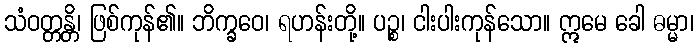
သံဝတ္တန္တိ၊ ဖြစ်ကုန်၏။ ဘိက္ခဝေ၊ ရဟန်းတို့။ ပဉ္စ၊ ငါးပါးကုန်သော။ ဣမေ ခေါ ဓမ္မာ၊